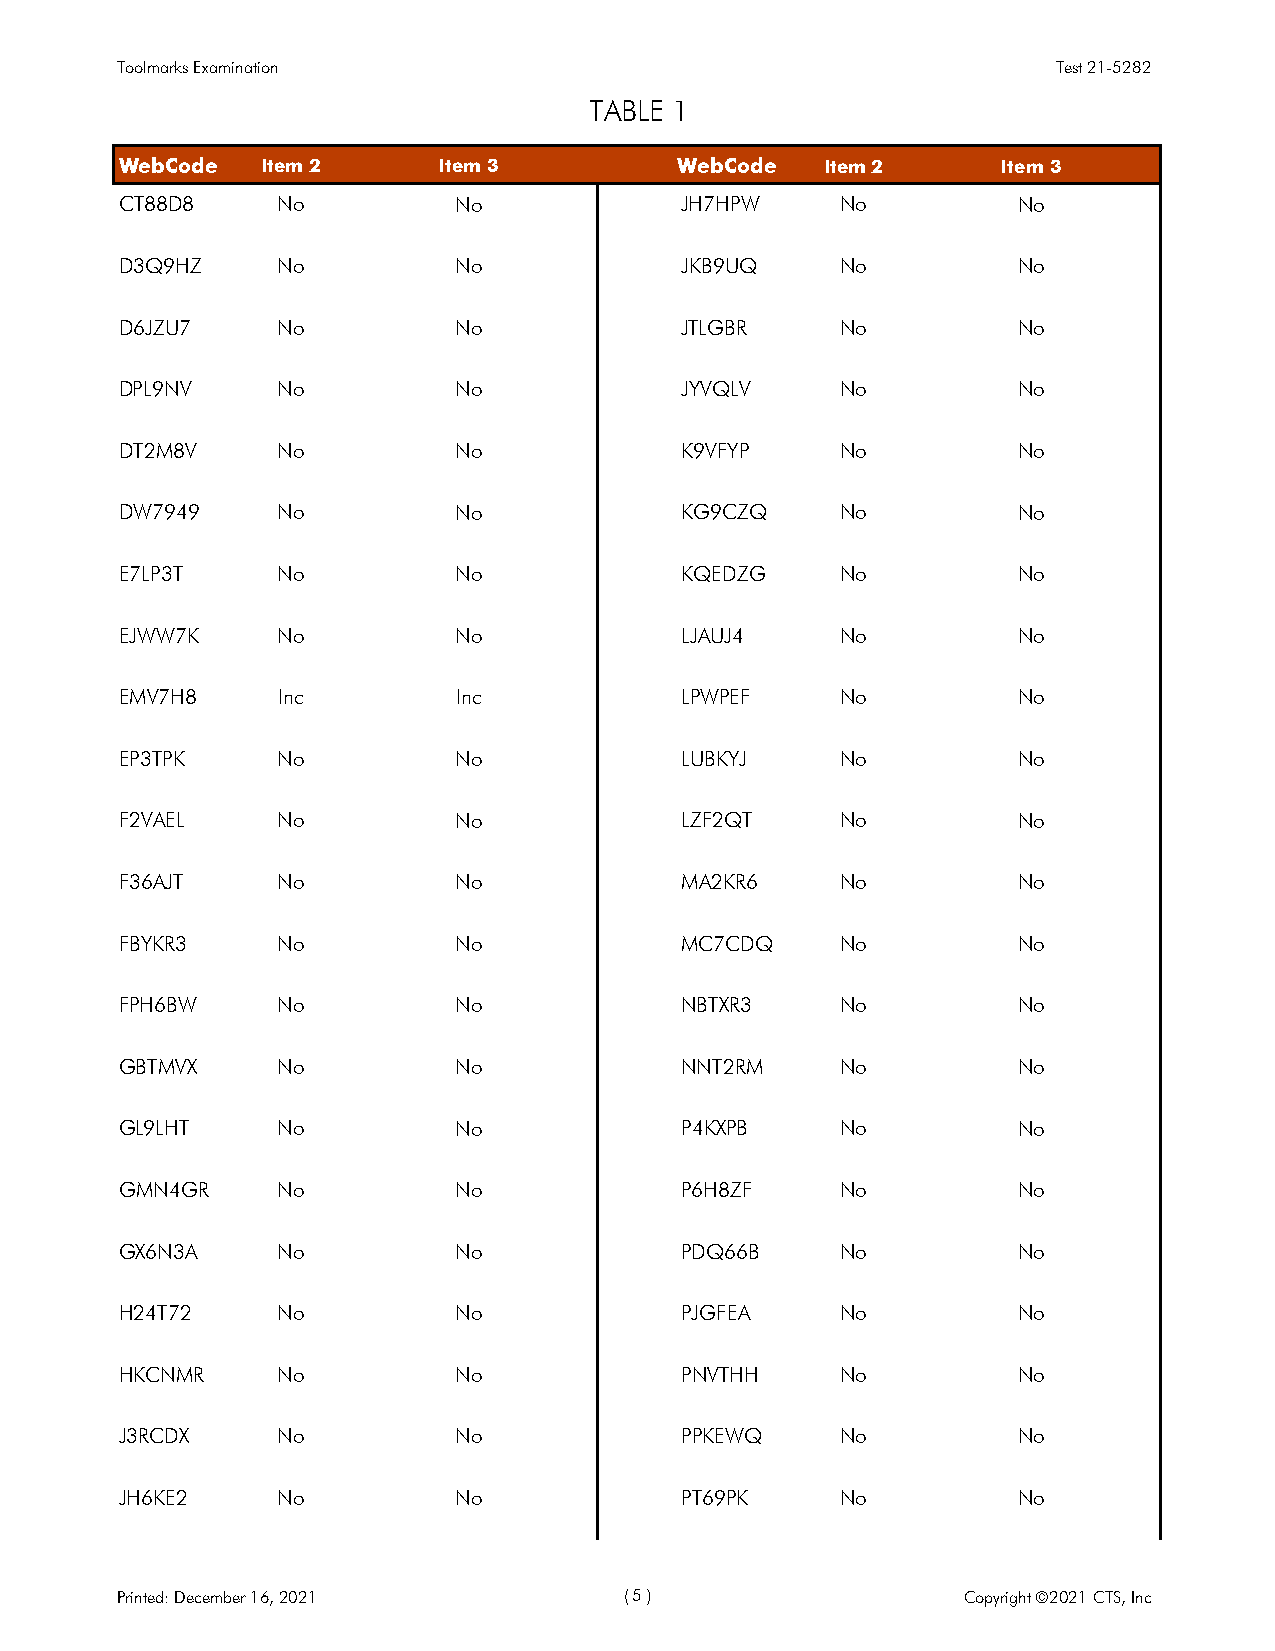
Toolmarks Examination                                         Test 21-5282
 TABLE 1
 WebCode  Item 2      Item 3          WebCode   Item 2     Item 3
 CT88D8    No          No             JH7HPW     No         No
 D3Q9HZ    No          No             JKB9UQ     No         No
 D6JZU7    No          No             JTLGBR     No         No
 DPL9NV    No          No             JYVQLV     No         No
 DT2M8V    No          No             K9VFYP     No         No
 DW7949    No          No             KG9CZQ     No         No
 E7LP3T    No          No             KQEDZG     No         No
 EJWW7K    No          No             LJAUJ4     No         No
 EMV7H8    Inc         Inc            LPWPEF     No         No
 EP3TPK    No          No             LUBKYJ     No         No
 F2VAEL    No          No             LZF2QT     No         No
 F36AJT    No          No             MA2KR6     No         No
 FBYKR3    No          No             MC7CDQ     No         No
 FPH6BW    No          No             NBTXR3     No         No
 GBTMVX    No          No             NNT2RM     No         No
 GL9LHT    No          No             P4KXPB     No         No
 GMN4GR    No          No             P6H8ZF     No         No
 GX6N3A    No          No             PDQ66B     No         No
 H24T72    No          No             PJGFEA     No         No
 HKCNMR    No          No             PNVTHH     No         No
 J3RCDX    No          No             PPKEWQ     No         No
 JH6KE2    No          No             PT69PK     No         No
 Printed: December 16, 2021       ( 5 )                  Copyright ©2021 CTS, Inc